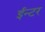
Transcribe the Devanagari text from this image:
ईन्टर